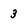
Character: 3